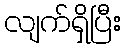
လျက်ရှိပြီး